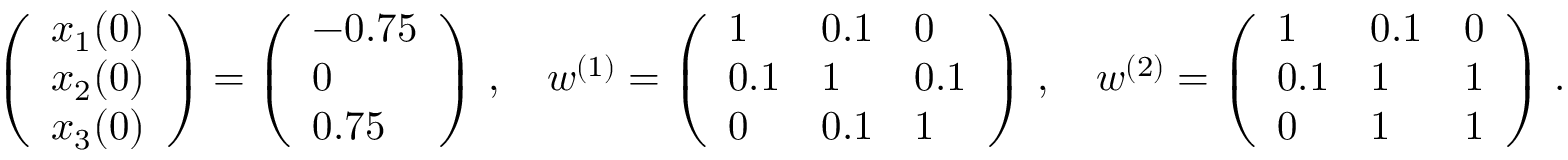
\left( \begin{array} { l } { x _ { 1 } ( 0 ) } \\ { x _ { 2 } ( 0 ) } \\ { x _ { 3 } ( 0 ) } \end{array} \right) = \left( \begin{array} { l } { - 0 . 7 5 } \\ { 0 } \\ { 0 . 7 5 } \end{array} \right) \, , \quad w ^ { ( 1 ) } = \left( \begin{array} { l l l } { 1 } & { 0 . 1 } & { 0 } \\ { 0 . 1 } & { 1 } & { 0 . 1 } \\ { 0 } & { 0 . 1 } & { 1 } \end{array} \right) \, , \quad w ^ { ( 2 ) } = \left( \begin{array} { l l l } { 1 } & { 0 . 1 } & { 0 } \\ { 0 . 1 } & { 1 } & { 1 } \\ { 0 } & { 1 } & { 1 } \end{array} \right) \, .